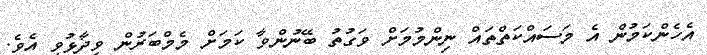
އެހެންކަމުން އެ މަސައްކަތްތައް ނިންމުމަށް ވަގުތު ބޭނުންވާ ކަމަށް މެމްބަރުން ވިދާޅުވި އެވެ.